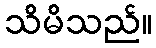
သိမိသည်။